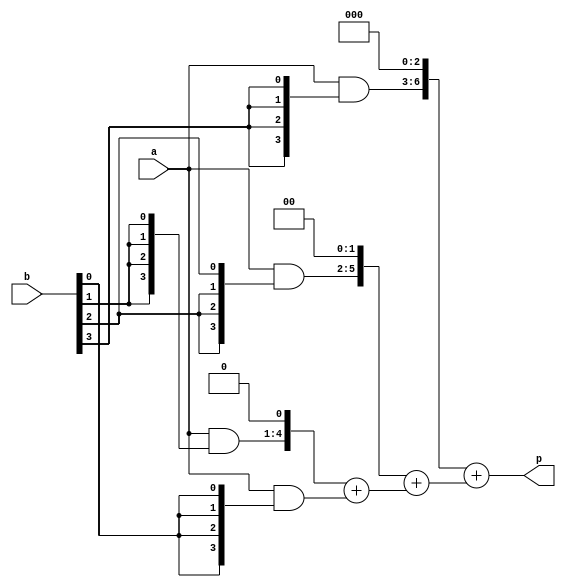
// Code your design here

module arrmulti(input[3:0] a,b,
                output[7:0] p); // finial sum is the product
  
  wire [3:0]pp0,pp1,pp2,pp3;
  wire [7:0]sum1,sum2,sum3;  //assign the size its very important
  
  
  //product of 4 bit a,b
  assign pp0 = a & {4{b[0]}};
  assign pp1 = a & {4{b[1]}};
  assign pp2 = a & {4{b[2]}};
  assign pp3 = a & {4{b[3]}};
  
  //sum operation for product
  
   assign sum1 = {pp1, 1'b0} + {1'b0, pp0};
   assign sum2 = {pp2, 2'b00} + sum1;
   assign sum3 = {pp3, 3'b000} + sum2;

  //finial product
  
  assign p = sum3;
  
endmodule


module arrmulti_tb;

    reg [3:0] a, b;
    wire [7:0] p;

    arrmulti am (
        .a(a),
        .b(b),
        .p(p)
    );

    initial begin
        $monitor("a = %b, b = %b, p = %b", a, b, p);
        
        a = 1; b = 4; #10;
        a = 7; b = 5; #10;
        a = 8; b = 9; #10;

        $finish;
    end

endmodule